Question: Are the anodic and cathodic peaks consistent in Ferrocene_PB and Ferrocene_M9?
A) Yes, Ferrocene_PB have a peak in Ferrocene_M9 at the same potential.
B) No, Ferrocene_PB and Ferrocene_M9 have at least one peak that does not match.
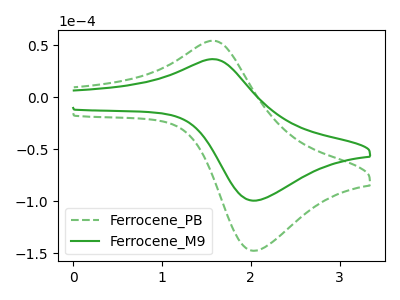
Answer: <think>The green dashed curve "Ferrocene_PB" has an anodic peak at (1.55V, 54.20uA) and a cathodic peak at (2.05V, -147.60uA). The green curve "Ferrocene_M9" has an anodic peak at (1.55V, 36.50uA) and a cathodic peak at (2.05V, -99.45uA).</think>
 <answer>A) Yes, "Ferrocene_PB" have a peak in "Ferrocene_M9" at the same potential.</answer>
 <eval>A</eval>